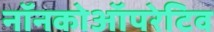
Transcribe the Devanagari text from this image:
नॉनकोऑपरेटिव